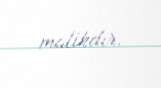
malikdir.